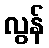
လွန်